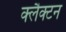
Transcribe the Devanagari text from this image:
क्लैक्टन